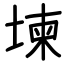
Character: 堜